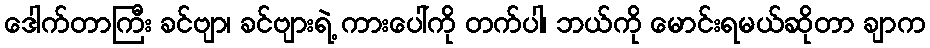
ဒေါက်တာကြီး ခင်ဗျာ၊ ခင်ဗျားရဲ့ ကားပေါ်ကို တက်ပါ၊ ဘယ်ကို မောင်းရမယ်ဆိုတာ ချာက